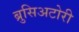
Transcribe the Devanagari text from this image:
ब्रुसिअटोरी